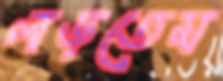
লড়তেম